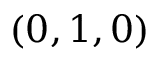
( 0 , 1 , 0 )